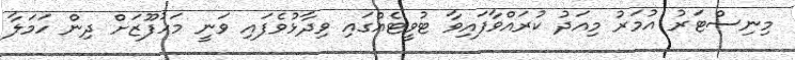
މިނިސްޓަރު އުމަރު މިއަދު ކުރައްވާފައިވާ ޓުވީޓެއްގައި ވިދާޅުވެފައި ވަނީ މަހުފޫޒަށް ދިން ހަމަލާ